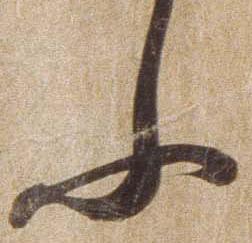
ふ